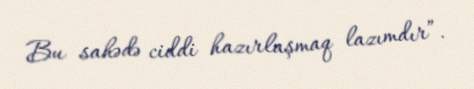
Bu sahədə ciddi hazırlaşmaq lazımdır”.